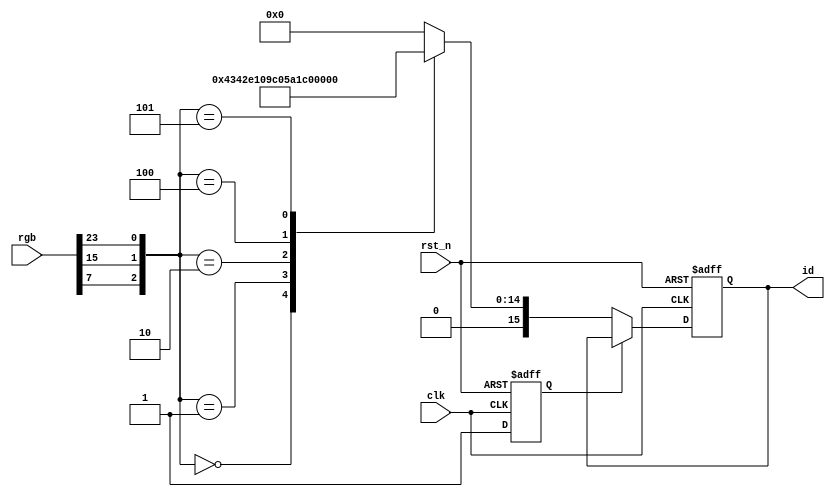
`timescale 1ns / 1ps

module read_id(
    input clk,
    input rst_n,
    input [23:0] rgb,
    output reg [15:0] id
    );

    reg read_flag;

    always @(posedge clk or negedge rst_n) begin
        if (!rst_n) begin
            read_flag <= 1'b0;
            id <= 16'h0000;
        end
        else begin
            if (!read_flag) begin
                read_flag <= 1'b1;
                case ({rgb[7], rgb[15], rgb[23]})
                    3'b000: id <= 16'h4342;
                    3'b001: id <= 16'h7084;
                    3'b010: id <= 16'h7016;
                    3'b100: id <= 16'h4384;
                    3'b101: id <= 16'h1018;
                    default: id <= 16'h0000; 
                endcase
            end
        end
    end
endmodule